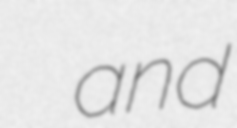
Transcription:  and